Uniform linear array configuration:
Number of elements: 8
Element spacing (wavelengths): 0.25
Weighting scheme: kaiser
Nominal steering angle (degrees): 45
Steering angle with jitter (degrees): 43.489
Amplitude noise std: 0.05
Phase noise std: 0.05

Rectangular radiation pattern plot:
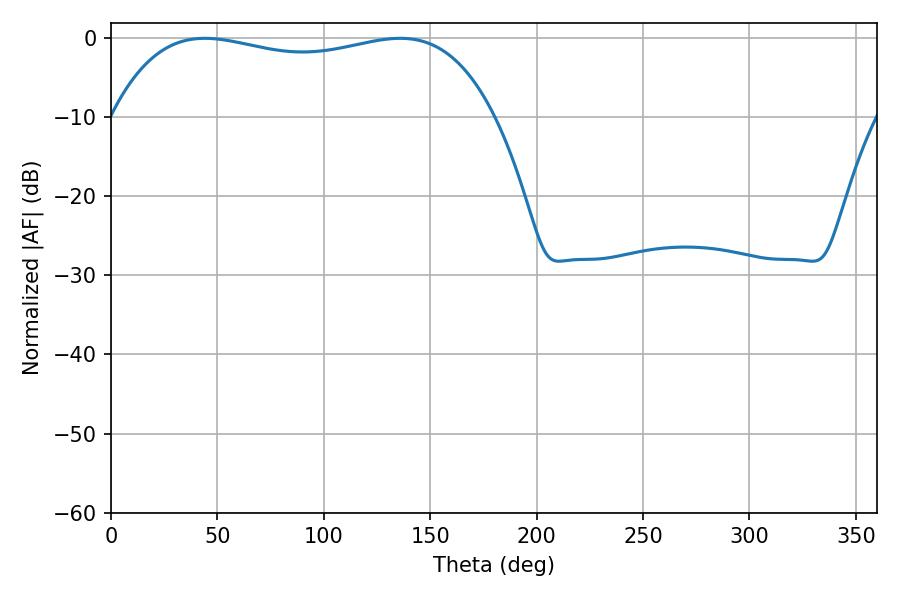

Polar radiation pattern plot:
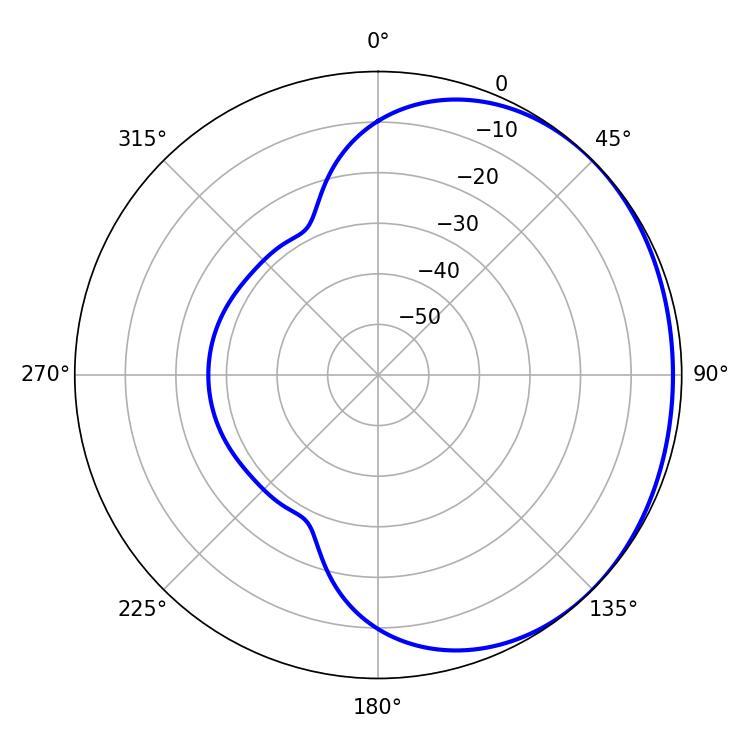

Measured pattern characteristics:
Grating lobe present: FALSE
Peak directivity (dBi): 0.9883
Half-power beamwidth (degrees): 145.44
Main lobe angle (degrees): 44.1